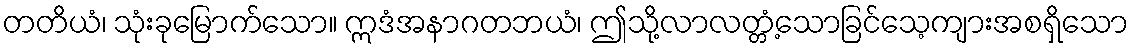
တတိယံ၊ သုံးခုမြောက်သော။ ဣဒံအနာဂတဘယံ၊ ဤသို့လာလတ္တံ့သောခြင်သေ့ကျားအစရှိသော